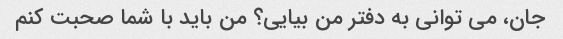
جان، می توانی به دفتر من بیایی؟ من باید با شما صحبت کنم